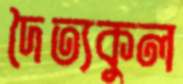
দৈত্যকুল